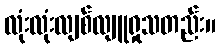
လုံးလုံးလျစ်လျူရှုသတည်း။